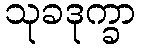
သုခဒုက္ခာ